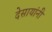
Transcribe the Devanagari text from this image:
देसायांनी